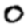
Digit: 0